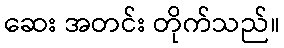
ဆေး အတင်း တိုက်သည်။